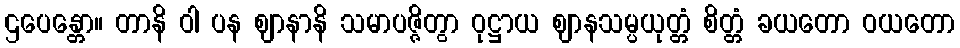
ဌပေန္တော။ တာနိ ဝါ ပန ဈာနာနိ သမာပဇ္ဇိတွာ ဝုဋ္ဌာယ ဈာနသမ္ပယုတ္တံ စိတ္တံ ခယတော ဝယတော